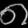
Digit: ၈